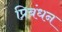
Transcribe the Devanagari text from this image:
प्रिबंधन